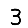
Digit: 3